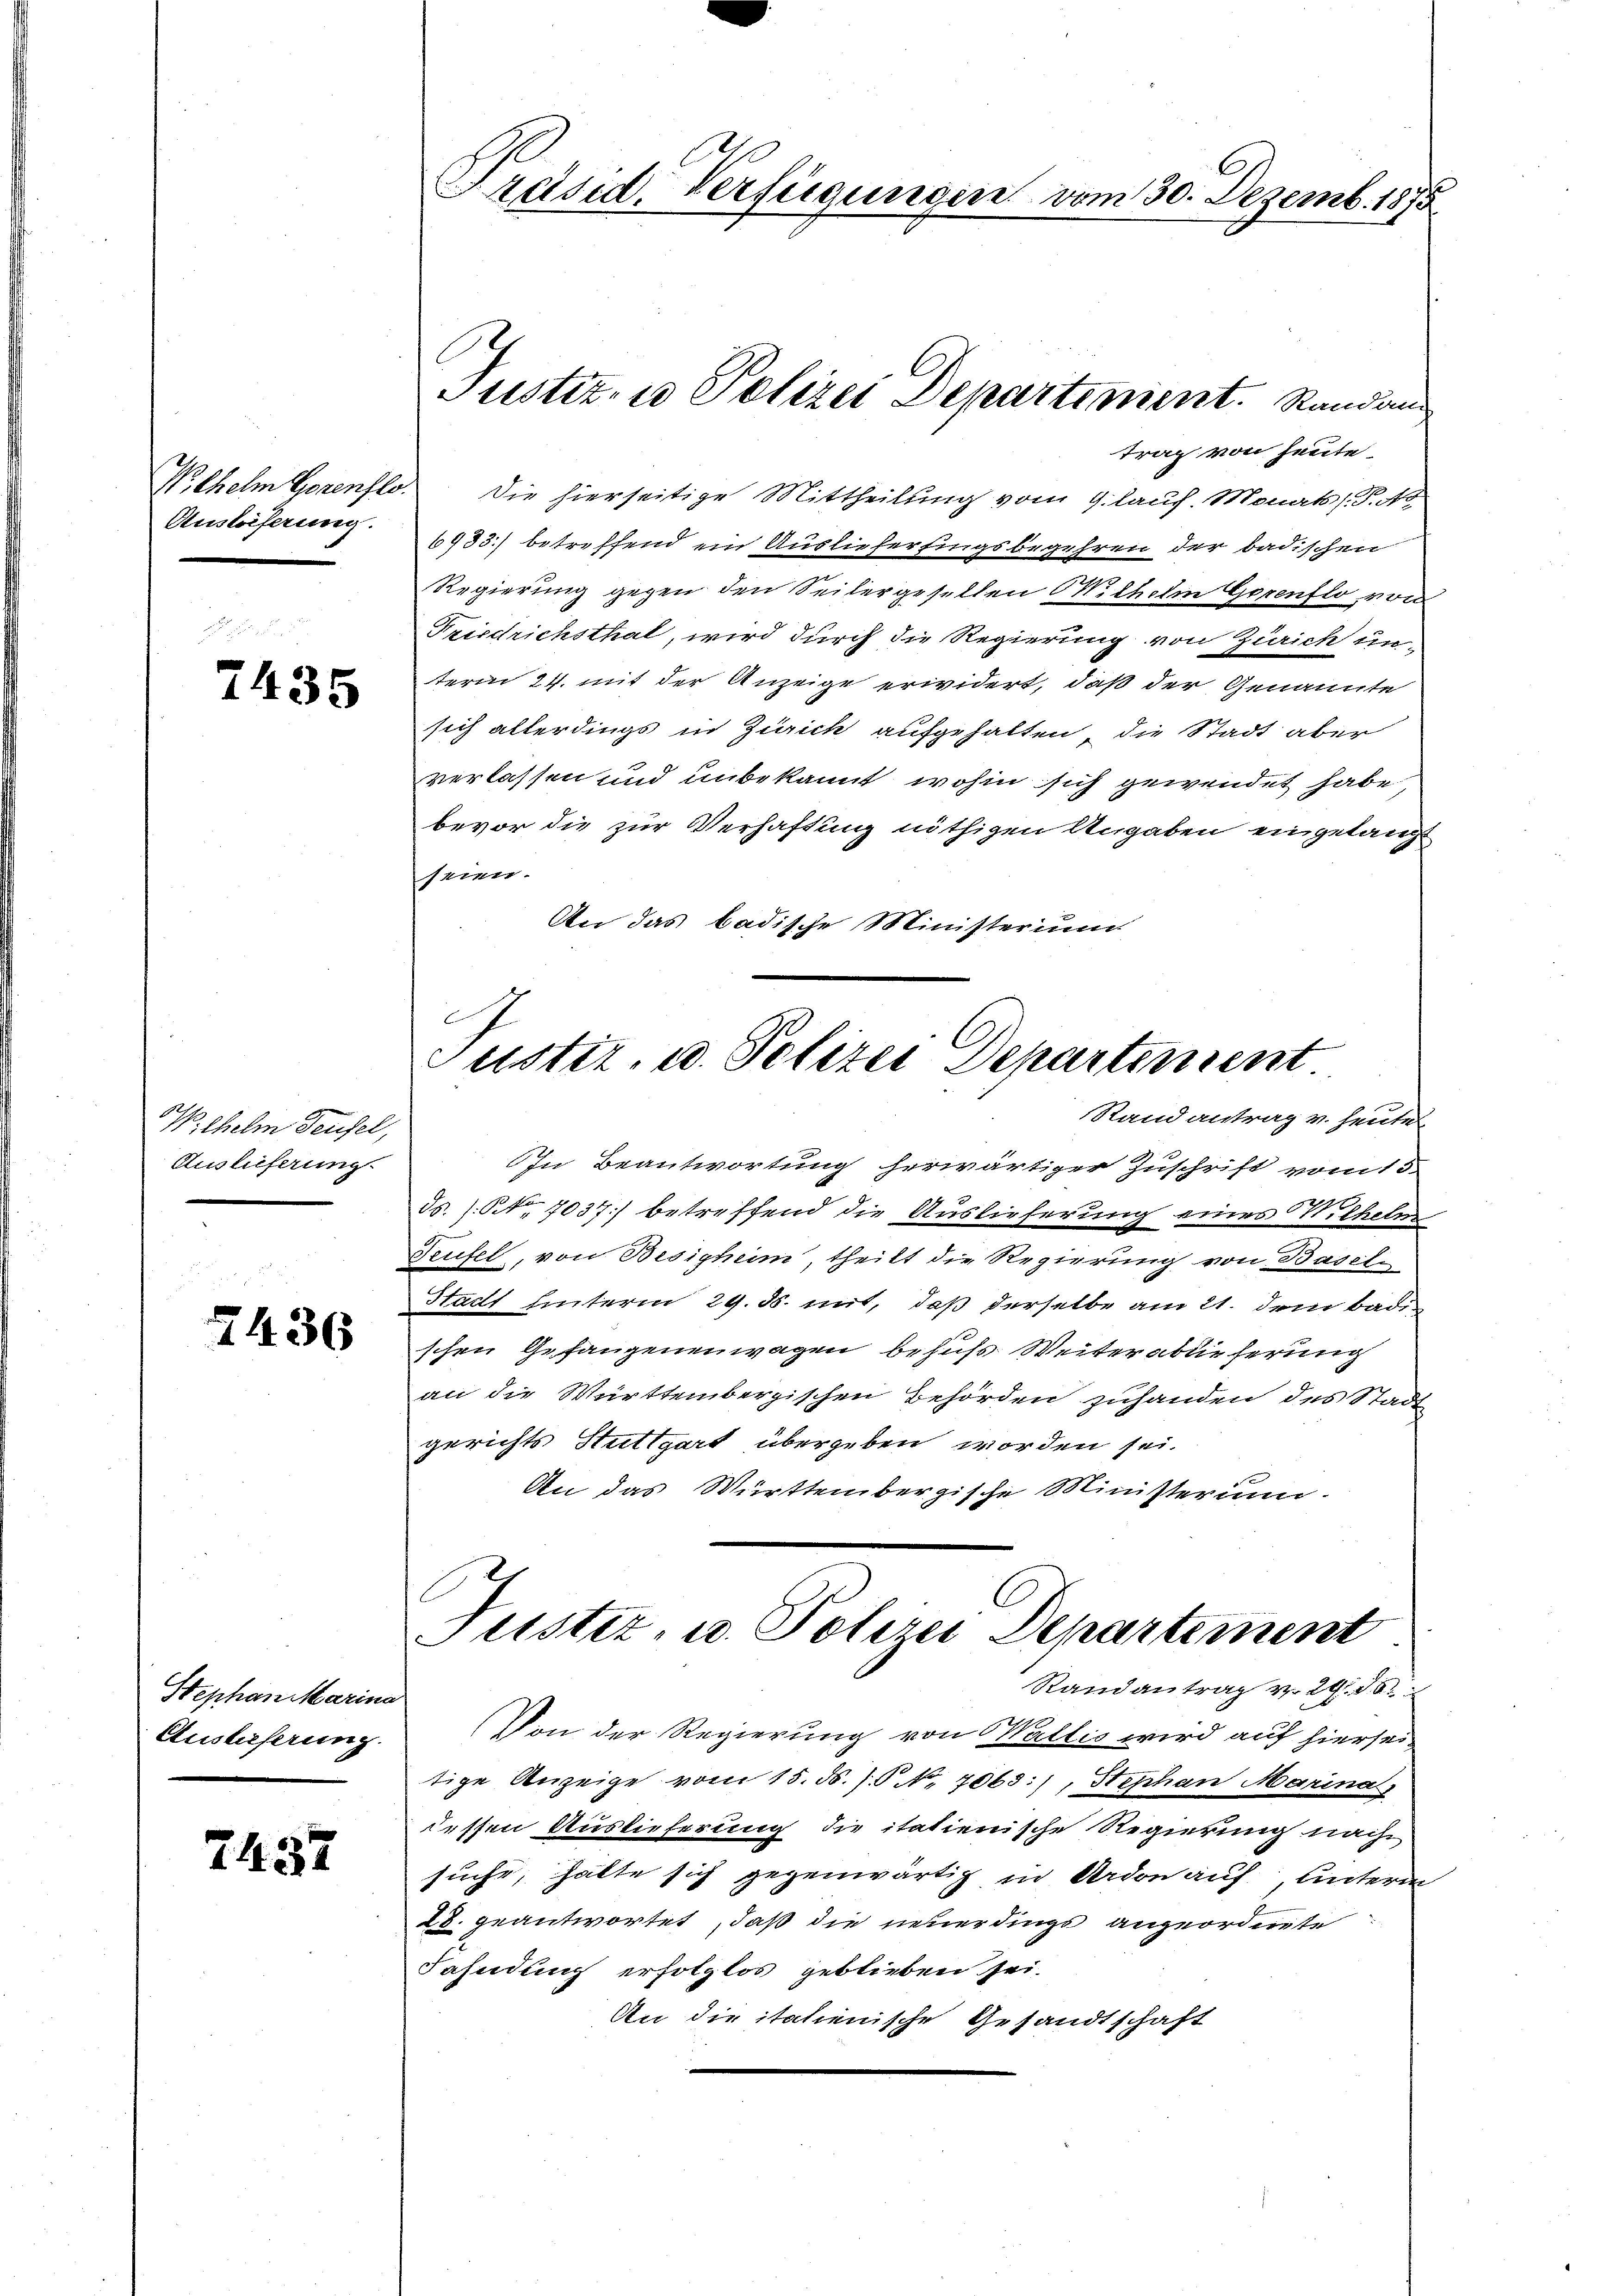
Wochelm Gerenste
Ausläserung.

2435

W, chelm Teufel,
Auslieferung

2436

Stephan Marina
Auslieferung.

2437

Präsid. Verfügungen vom 30. Dezemb. 1875

Justiz- u Polizei Departiment. Standaus
trag von heute.

Die hierseitige Mittheilung vom 9. lauf. Monats (T. No
6733) betreffend ein Auslieferfingsbegehren der badischen
Regierung gegen den Seitergesellen Mithelm Gorenzlo von
Friedrichsthat, wird durch die Regierung von Zürich un-
term 24. mit der Anzeige erwidert, daß der Genannte
sich allerdings in Zürich aufgehalten, die Stadt aber
verlassen und unbekannt wohin sich gewendet habe
bevor die zur Verhaftung nöthigen Angaben eingelangt
seien.
An das badische Ministerium
Justiz, u. Polizei Departement
Stand antrag v. heute
In Beantwortung herwärtiger Zuschrift vom 15.
Ts. (N. 7037) betreffend die Auslieferung eines Wilhelm
Teufel, von Besigheim, theilt die Regierung von Basel-
Stadt hinterm 29. ds. mit, daß derselbe am 21. dem Bade
schen Gefangenenwagen behufs Weiterablieferung
an die Württembergischen Behörden zuhanden des Stadt
gerichts Stuttgart übergeben worden sei.
An das Württembergische Ministerium

Justiz, u. Polizei Departement
Randantrag v. 29. 38

(Von der Regierung von Wallis wird auf hiersei
tige Anzeige vom 15. d. J. P. Nr. 7065), Stephan Marina
dessen Auslieferung die italienische Regierung nach
sucht, hatte sich gegenwärtig in Ardon auf, unterm
28. geantwortet, daß die neuerdings angeordnete
Fahndung erfolglos geblieben sei.
An die italienische Gesandtschaft